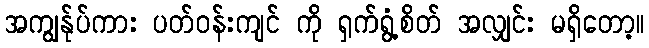
အကျွန်ုပ်ကား ပတ်ဝန်းကျင် ကို ရှက်ရွံ့စိတ် အလျှင်း မရှိတော့။